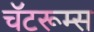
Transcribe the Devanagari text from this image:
चॅटरूम्स